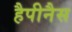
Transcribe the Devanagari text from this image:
हैपीनैस